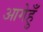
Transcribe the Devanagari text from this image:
आगेहुँ